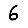
Digit: 6